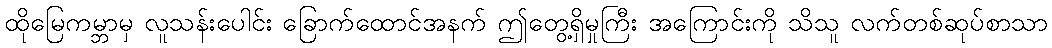
ထိုမြေကမ္ဘာမှ လူသန်းပေါင်း ခြောက်ထောင်အနက် ဤတွေ့ရှိမှုကြီး အကြောင်းကို သိသူ လက်တစ်ဆုပ်စာသာ